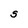
Character: S